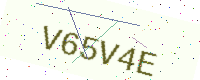
Text: V65V4E